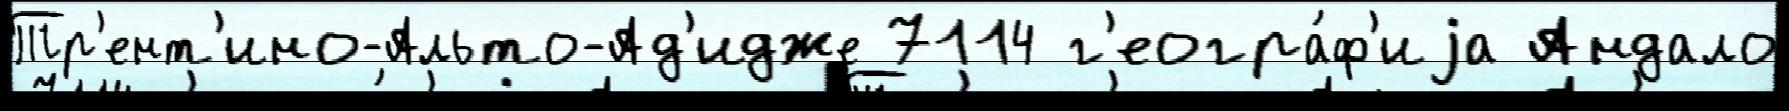
Тр'ент'ино-Альто-Ад'идже 7114 г'еогра́ф'иjа Андало